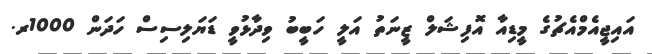
އައިޖީއެމްއެޗުގެ މީޑިއާ އޮފިޝަލް ޒީނަތު އަލީ ހަބީބު ވިދާޅުވީ ޑަޔަލިސިސް ހަދަން 1000ރ.